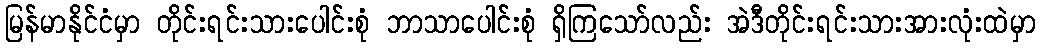
မြန်မာနိုင်ငံမှာ တိုင်းရင်းသားပေါင်းစုံ ဘာသာပေါင်းစုံ ရှိကြသော်လည်း အဲဒီတိုင်းရင်းသားအားလုံးထဲမှာ